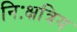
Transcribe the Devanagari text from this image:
निःक्षत्रिय